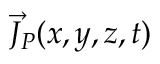
\vec { J } _ { P } ( x , y , z , t )